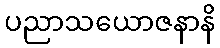
ပညာသယောဇနာနိ